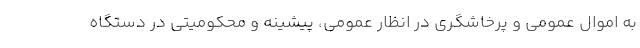
به اموال عمومی و پرخاشگری در انظار عمومی، پیشینه و محکومیتی در دستگاه